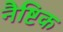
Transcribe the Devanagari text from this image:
नैष्टिक